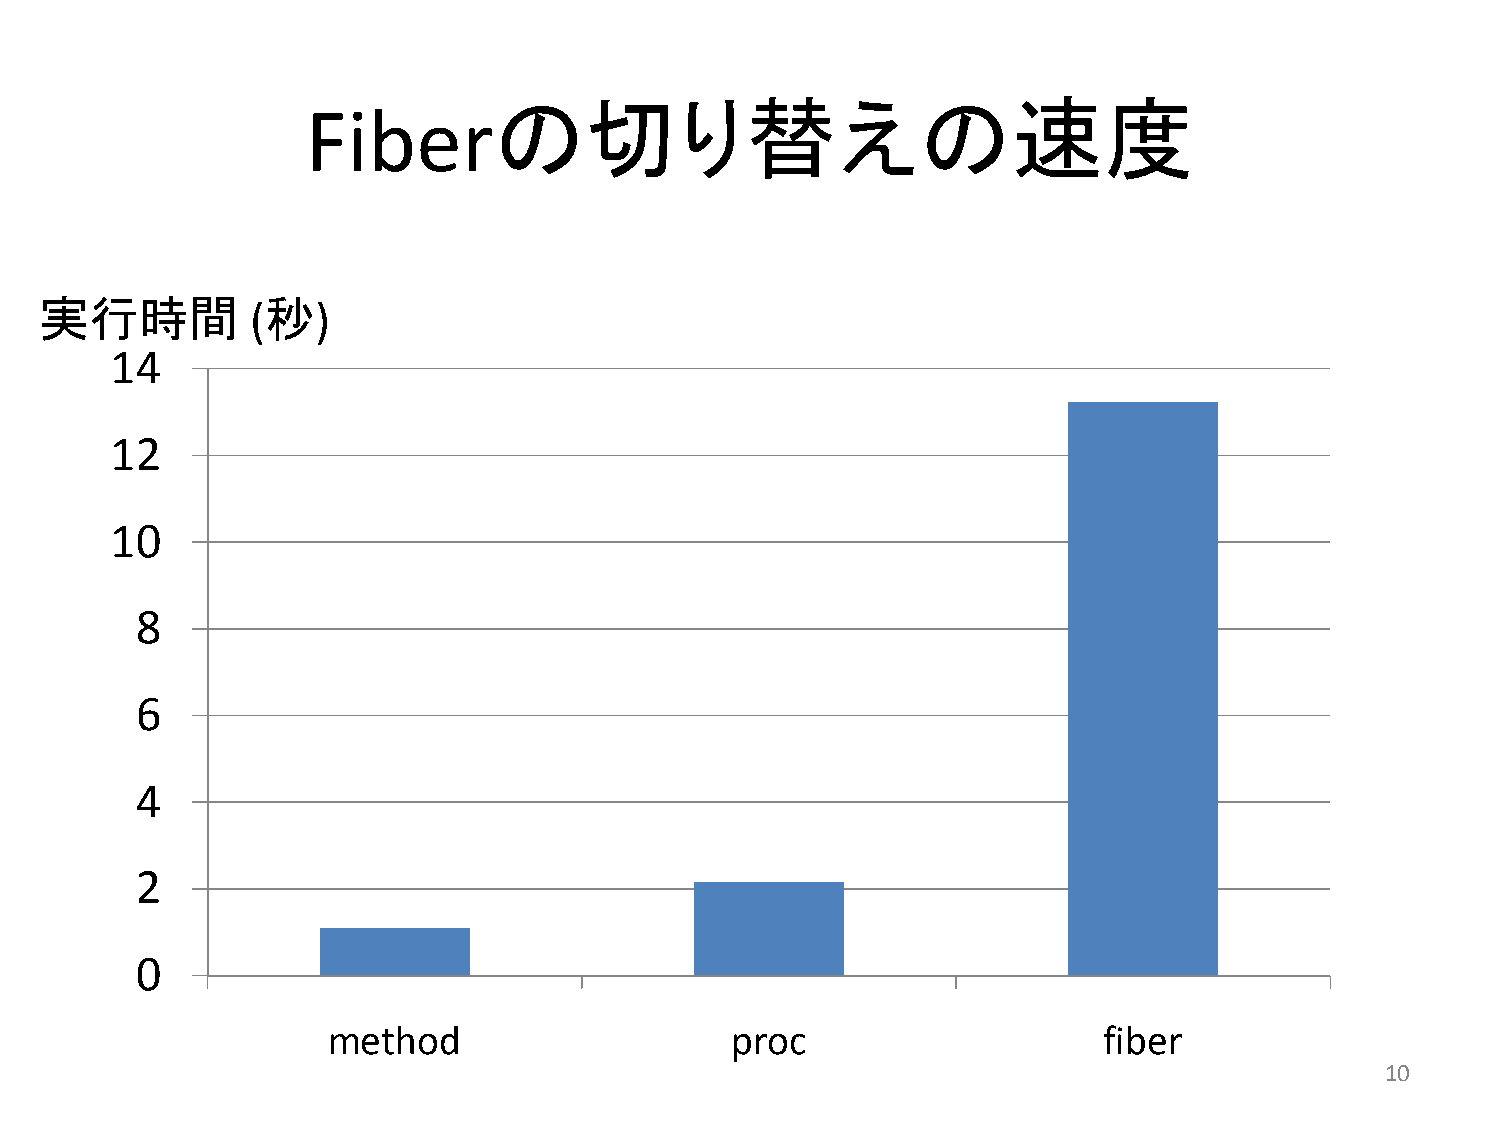
の切り替えの速度
 Fiber
 実行時間          (秒)
 14
 12
 10
 8
 6
 4
 2
 0
 method                     proc                    fiber
 10